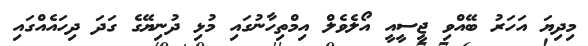
މިދިޔަ އަހަރު ބޭއްވި ޖީސީއީ އޯލެވެލް އިމްތިހާނުގައި މުޅި ދުނިޔޭގެ ގަދަ ދިހައެއްގައި